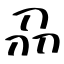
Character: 刕